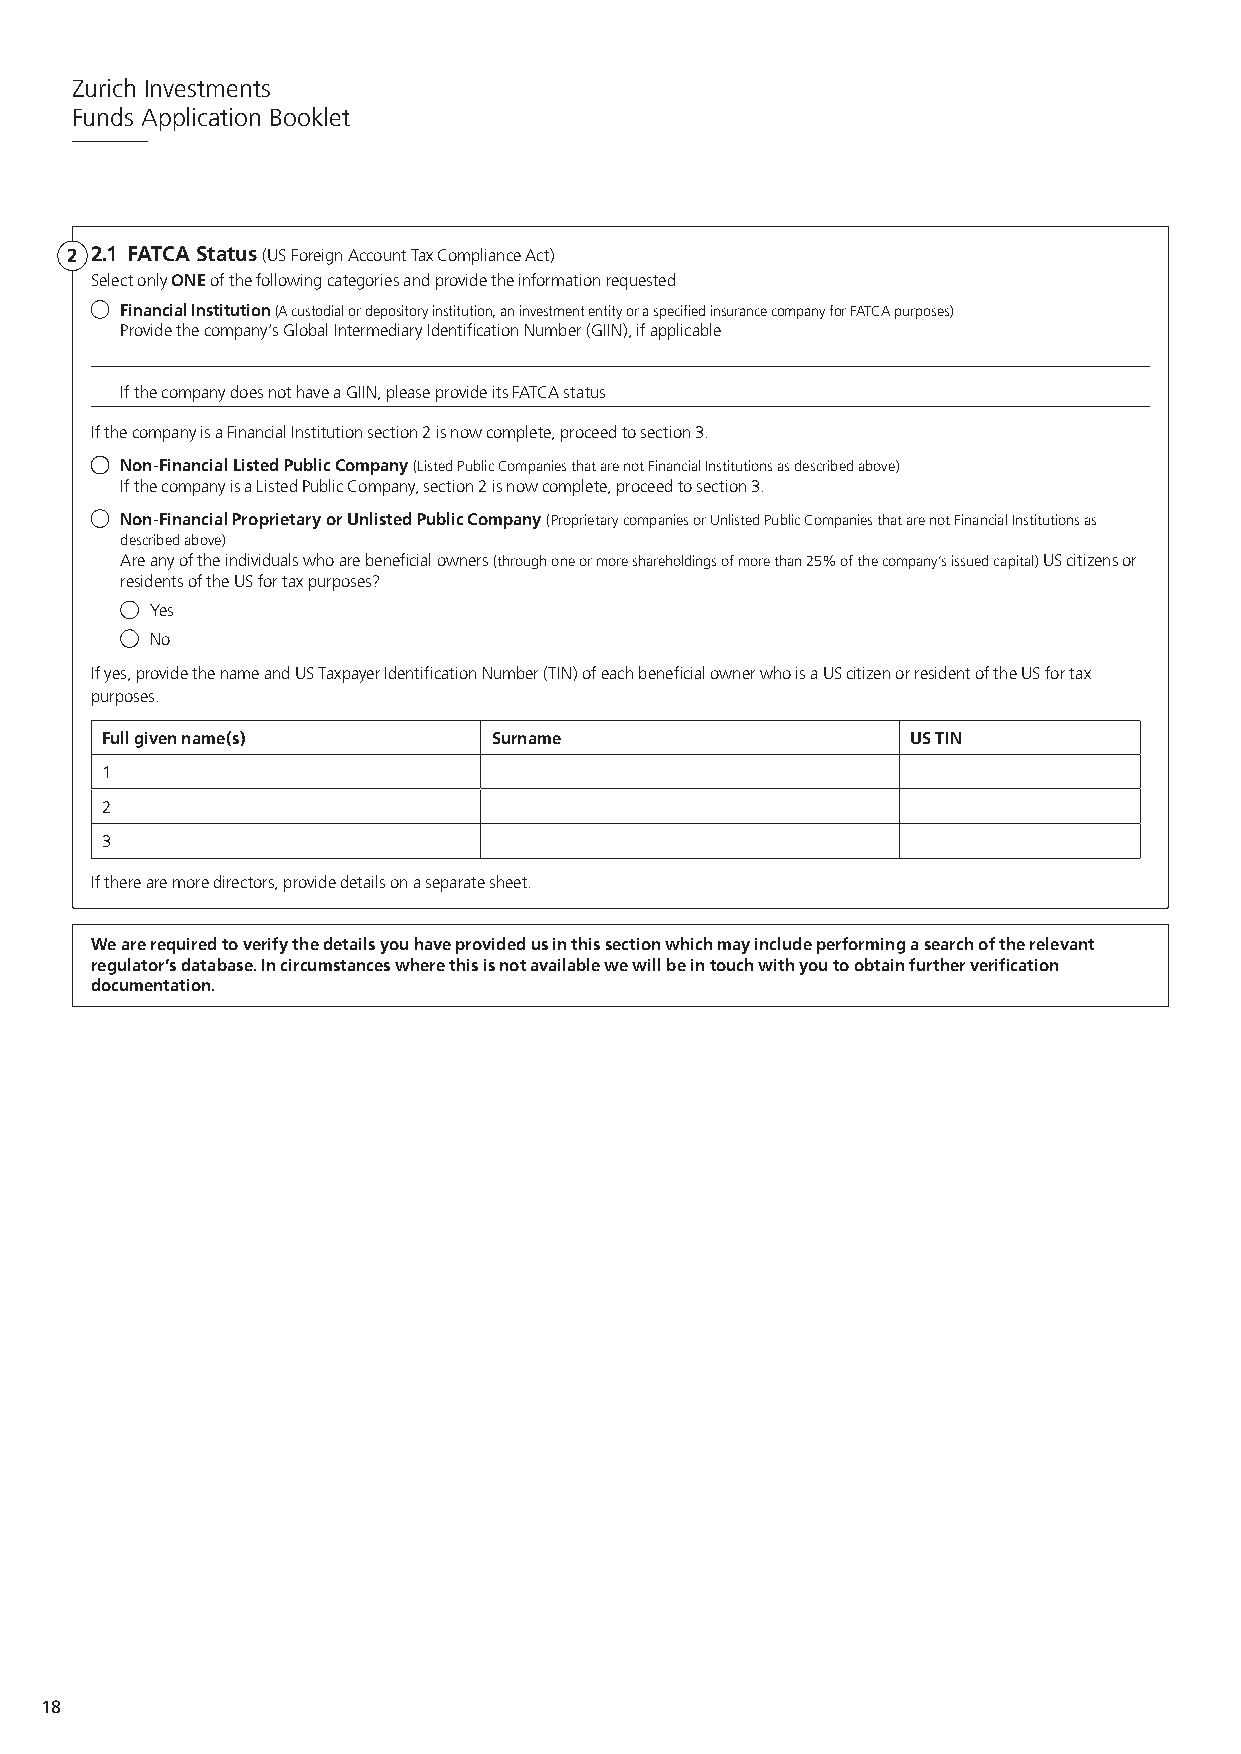
Zurich Investments
 Funds Application Booklet
 2 2.1 FATCA Status (US Foreign Account Tax Compliance Act)
 Select only ONE of the following categories and provide the information requested
 Financial Institution (A custodial or depository institution, an investment entity or a specified insurance company for FATCA purposes)
 Provide the company’s Global Intermediary Identification Number (GIIN), if applicable
 If the company does not have a GIIN, please provide its FATCA status
 If the company is a Financial Institution section 2 is now complete, proceed to section 3.
 Non-Financial Listed Public Company (Listed Public Companies that are not Financial Institutions as described above)
 If the company is a Listed Public Company, section 2 is now complete, proceed to section 3.
 Non-Financial Proprietary or Unlisted Public Company (Proprietary companies or Unlisted Public Companies that are not Financial Institutions as
 described above)
 Are any of the individuals who are beneficial owners (through one or more shareholdings of more than 25% of the company’s issued capital) US citizens or
 residents of the US for tax purposes?
 Yes
 No
 If yes, provide the name and US Taxpayer Identification Number (TIN) of each beneficial owner who is a US citizen or resident of the US for tax
 purposes.
 Full given name(s)        Surname                    US TIN
 1
 2
 3
 If there are more directors, provide details on a separate sheet.
 We are required to verify the details you have provided us in this section which may include performing a search of the relevant
 regulator’s database. In circumstances where this is not available we will be in touch with you to obtain further verification
 documentation.
 18